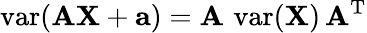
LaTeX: \operatorname{var}(\mathbf{AX}+\mathbf{a})=\mathbf{A}\, \operatorname{var}(\mathbf{X})\, \mathbf{A}^{\mathrm{{T}}}